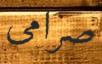
صرامى